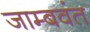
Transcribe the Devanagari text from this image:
जाम्बवंत